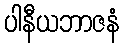
ပါနီယဘာဇနံ